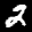
Label: 2